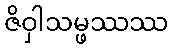
ဇိဝှါသမ္ဖဿဿ